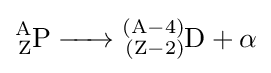
{\ce {^{A}_{Z}P -> ^{(A-4)}_{(Z-2)}D + \alpha}}